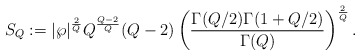
\begin{align*}S_{Q}:=|\wp|^{\frac{2}{Q}}Q^{\frac{Q-2}{Q}}(Q-2)\left(\frac{\Gamma(Q/2)\Gamma(1+Q/2)}{\Gamma(Q)}\right)^{\frac{2}{Q}}.\end{align*}